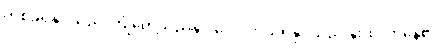
တစ်ခုရနိုင်သည် ကြုံတွေ့သည်နှင့် လေ့လာသိရှိနိုင်သည် နိုးထလာနေ၏